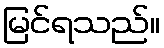
မြင်ရသည်။